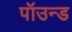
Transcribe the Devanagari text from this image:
पॉउन्ड